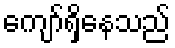
ကျော်ရှိနေသည်